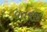
વતનજી